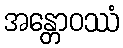
အန္တောဝဿံ